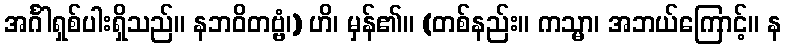
အင်္ဂါရှစ်ပါးရှိသည်။ နဘဝိတဗ္ဗံ၊) ဟိ၊ မှန်၏။ (တစ်နည်း။ ကသ္မာ၊ အဘယ်ကြောင့်။ န